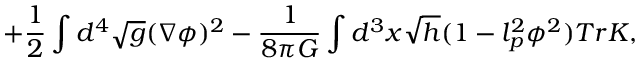
+ \frac { 1 } { 2 } \int d ^ { 4 } \sqrt { g } ( \nabla \phi ) ^ { 2 } - \frac { 1 } { 8 \pi G } \int d ^ { 3 } x \sqrt { h } ( 1 - l _ { p } ^ { 2 } \phi ^ { 2 } ) T r K ,